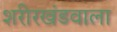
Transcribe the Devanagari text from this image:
शरीरखंडवाला